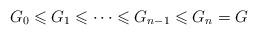
LaTeX: \begin{align*} G_0 \leqslant G_1 \leqslant \cdots \leqslant G_{n-1} \leqslant G_n = G\end{align*}